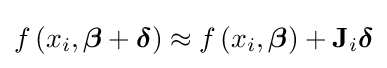
f\left(x_{i},{\boldsymbol {\beta }}+{\boldsymbol {\delta }}\right)\approx f\left(x_{i},{\boldsymbol {\beta }}\right)+\mathbf {J} _{i}{\boldsymbol {\delta }}